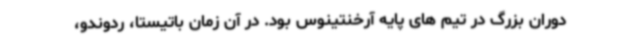
دوران بزرگ در تیم های پایه آرخنتینوس بود. در آن زمان باتیستا، ردوندو،